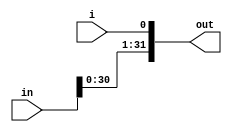
module shifter_1(out,in,i);
output [31:0]out;
input [31:0]in;
input i;
assign out[31]=in[30];
assign out[30]=in[29];
assign out[29]=in[28];
assign out[28]=in[27];
assign out[27]=in[26];
assign out[26]=in[25];
assign out[25]=in[24];
assign out[24]=in[23];
assign out[23]=in[22];
assign out[22]=in[21];
assign out[21]=in[20];
assign out[20]=in[19];
assign out[19]=in[18];
assign out[18]=in[17];
assign out[17]=in[16];
assign out[16]=in[15];
assign out[15]=in[14];
assign out[14]=in[13];
assign out[13]=in[12];
assign out[12]=in[11];
assign out[11]=in[10];
assign out[10]=in[9];
assign out[9]=in[8];
assign out[8]=in[7];
assign out[7]=in[6];
assign out[6]=in[5];
assign out[5]=in[4];
assign out[4]=in[3];
assign out[3]=in[2];
assign out[2]=in[1];
assign out[1]=in[0];
assign out[0]=i;
endmodule